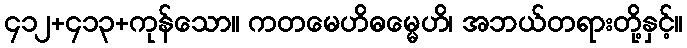
၄၁၂+၄၁၃+ကုန်သော။ ကတမေဟိဓမ္မေဟိ၊ အဘယ်တရားတို့နှင့်။